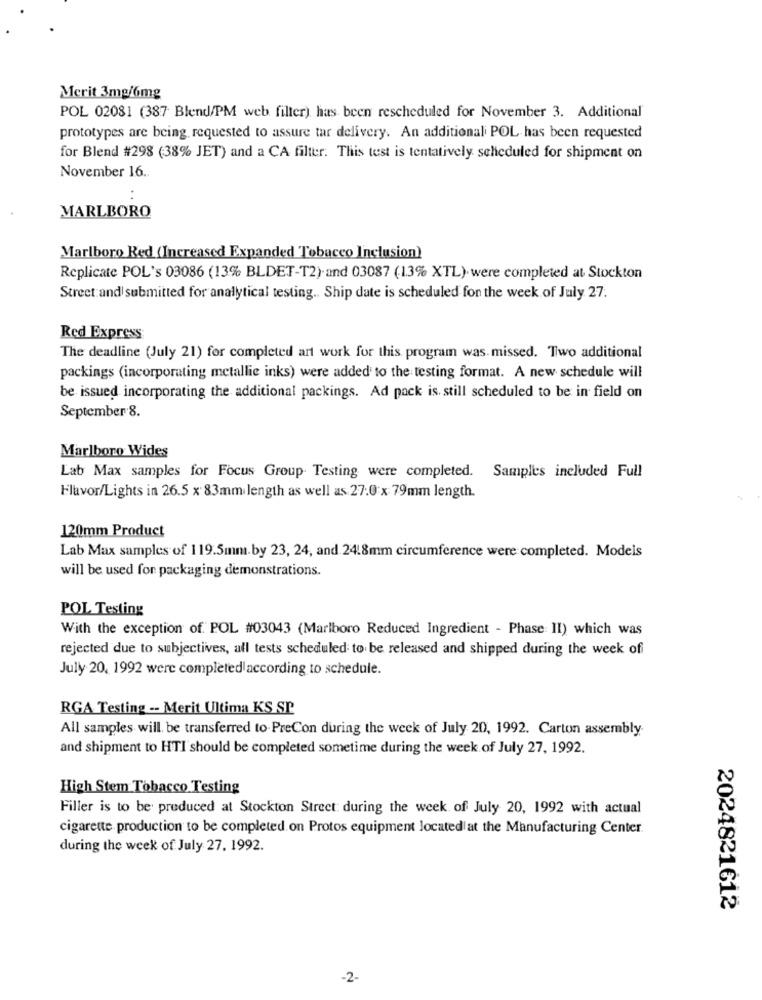
Merit 3mg/6mg
POL 02081 (387 Blend/PM web filter) has been rescheduled for November 3. Additional
prototypes are being requested to assure tar delivery. An additionali POL has been requested
for Blend #298 (38% JET) and a CA filter. This test is tentatively scheduled for shipment on
November 16.
MARLBORO
Marlboro Red (Increased Expanded Tobacco Inclusion)
Replicate POL's 03086 (13% BLDET-T2) and 03087 (13% XTL) were completed at Stockton
Street and submitted for analytical testing .. Ship date is scheduled for the week of July 27.
Red Express
The deadline (July 21) for completed art work for this program was. missed. Two additional
packings (incorporating metallic inks) were added to the testing format. A new schedule will
be issued incorporating the additional packings. Ad pack is still scheduled to be in field on
September 8.
Marlboro Wides
Lab Max samples for Focus Group Testing were completed. Samples included Full
Flavor/Lights in 26.5 x 83mm length as well as 27:0 x 79mm length.
120mm Product
Lab Max samples of 119.5mm.by 23, 24, and 24.8mm circumference were completed. Models
will be used for packaging demonstrations.
POL Testing
With the exception of. POL #03043 (Marlboro Reduced Ingredient - Phase II) which was
rejected due to subjectives, all tests scheduled to be released and shipped during the week of
July 20, 1992 were completed according to schedule.
RGA Testing -- Merit Ultima KS SP
All samples will be transferred to PreCon during the week of July 20, 1992. Carton assembly
and shipment to HTI should be completed sometime during the week of July 27, 1992.
High Stem Tobacco Testing
Filler is to be produced at Stockton Street: during the week of July 20, 1992 with actual
cigarette production to be completed on Protos equipment located at the Manufacturing Center.
during the week of July 27. 1992.
2024821612
-2-